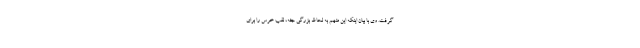
گرفت. وی با بیان اینکه این متهم به لحاظ بزرگی جثه، لقب خرس را برای